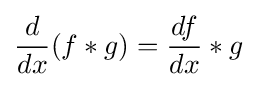
{\frac {d}{dx}}(f*g)={\frac {df}{dx}}*g